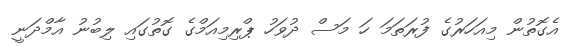
އެގޮތުން މިއަހަރުގެ ފުރަތަމަ ހަ މަސް ދުވަހު ޕްރިމިއަމްގެ ގޮތުގައި ލިބުނު އާމްދަނީ